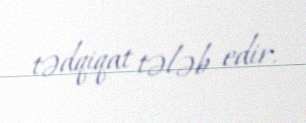
tədqiqat tələb edir.